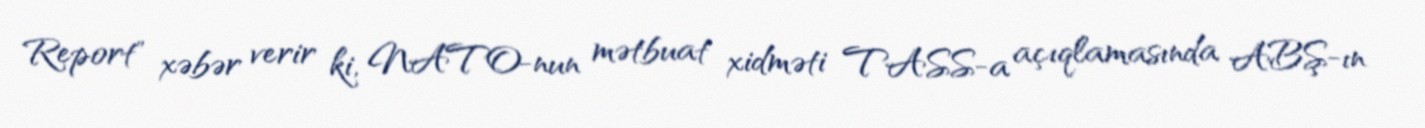
Report" xəbər verir ki, NATO-nun mətbuat xidməti TASS-a açıqlamasında ABŞ-ın